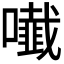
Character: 𭋲